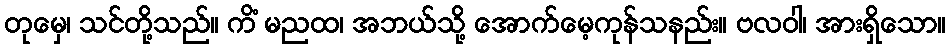
တုမှေ၊ သင်တို့သည်။ ကိံ မညထ၊ အဘယ်သို့ အောက်မေ့ကုန်သနည်း။ ဗလဝါ၊ အားရှိသော။